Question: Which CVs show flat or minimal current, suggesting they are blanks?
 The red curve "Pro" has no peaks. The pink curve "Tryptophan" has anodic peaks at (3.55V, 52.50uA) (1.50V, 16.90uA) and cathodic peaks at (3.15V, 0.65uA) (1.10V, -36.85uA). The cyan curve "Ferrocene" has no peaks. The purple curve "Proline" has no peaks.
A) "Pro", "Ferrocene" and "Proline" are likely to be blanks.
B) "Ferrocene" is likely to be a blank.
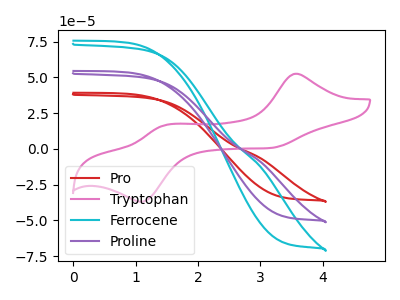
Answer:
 <answer>A) "Pro", "Ferrocene" and "Proline" are likely to be blanks.</answer>
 <eval>A</eval>